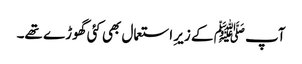
آپ ﷺ کے زیرِ استعمال بھی کئی گھوڑے تھے۔